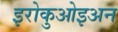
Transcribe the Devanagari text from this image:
इरोकुओइअन